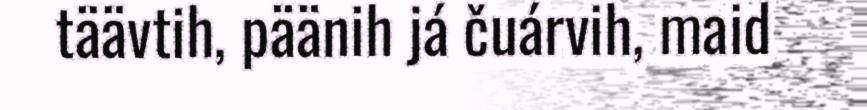
täävtih, päänih já čuárvih, maid